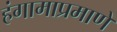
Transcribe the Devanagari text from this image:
हंगामाप्रमाणे